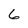
Character: 6